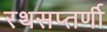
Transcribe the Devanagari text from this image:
रथसप्‍तर्णी